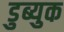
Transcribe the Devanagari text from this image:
डुब्युक